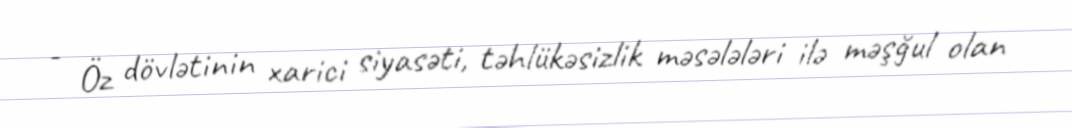
- Öz dövlətinin xarici siyasəti, təhlükəsizlik məsələləri ilə məşğul olan